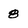
Character: 8